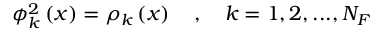
\phi _ { k } ^ { 2 } \left( x \right) = \rho _ { k } \left( x \right) \quad , \quad k = 1 , 2 , . . . , N _ { F }